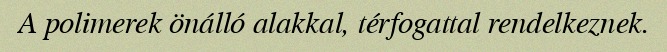
A polimerek önálló alakkal, térfogattal rendelkeznek.